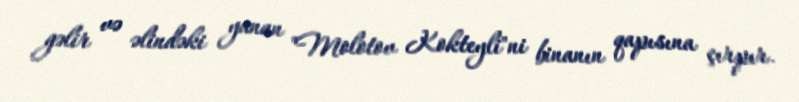
gəlir və əlindəki yanan "Molotov Kokteyli"ni binanın qapısına çırpır.